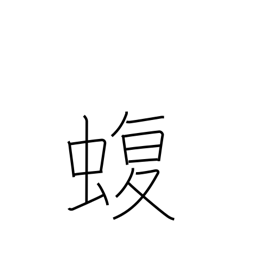
Meaning: viper